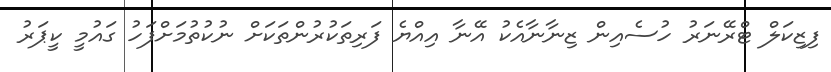
ފިޒިކަލް ޓްރޭނަރު ހުސެއިން ޒިނާނާއެކު އޭނާ އިއްޔެ ފަރިތަކުރުންތަކަށް ނުކުތުމަށްފަހު ގައުމީ ކީޕަރު